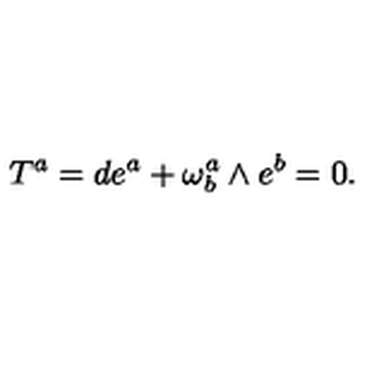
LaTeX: T ^ { a } = d e ^ { a } + \omega _ { b } ^ { a } \wedge e ^ { b } = 0 .